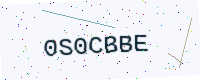
Text: 0S0CBBE